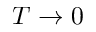
T \rightarrow 0